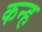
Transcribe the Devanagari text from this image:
कन्ह